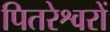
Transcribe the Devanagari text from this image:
पितरेश्वरों